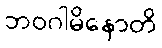
ဘဝဂါမိနောတိ